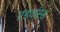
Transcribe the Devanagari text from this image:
एंडवांस्ड्